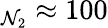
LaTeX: _{\mathcal{N}_{2}}\approx100